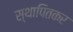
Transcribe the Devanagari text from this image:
स्थापितकर